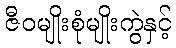
ဇီဝမျိုးစုံမျိုးကွဲနှင့်